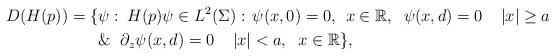
LaTeX: \begin{align*}D(H(p)) = \{ & \psi:\: H(p)\psi\in L^2(\Sigma):\, \psi(x,0)=0,\;\, x\in\mathbb{R},\;\; \psi(x,d)=0\;\;\;\; |x|\ge a \;\; \\ & \&\;\; \partial_z\psi(x,d)=0\;\;\;\; |x|<a, \;\; x\in\mathbb{R}\}, \end{align*}